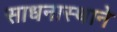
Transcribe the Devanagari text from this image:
साधनास्थाने